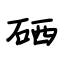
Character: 硒